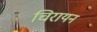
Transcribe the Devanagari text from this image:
चिरायन